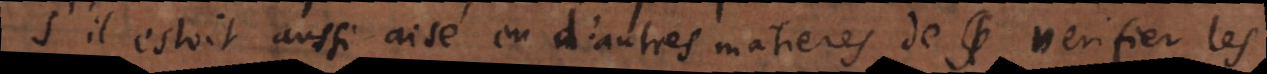
S’il estoit aussi aisé en d’autres matieres de verifier les